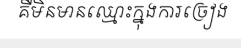
គឺមិនមានឈ្មោះក្នុងការច្រៀង